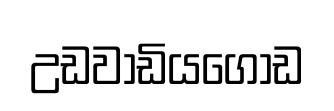
උඩවාඩියගොඩ